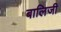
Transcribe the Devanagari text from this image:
बालिजी